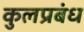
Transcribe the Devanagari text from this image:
कुलप्रबंध